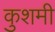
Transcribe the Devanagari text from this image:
कुशमी